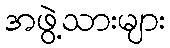
အဖွဲ့သားများ